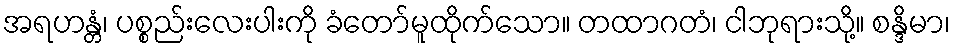
အရဟန္တံ၊ ပစ္စည်းလေးပါးကို ခံတော်မူထိုက်သော။ တထာဂတံ၊ ငါဘုရားသို့။ စန္ဒိမာ၊